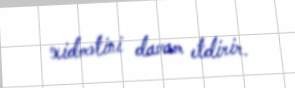
xidmətini davam etdirir.